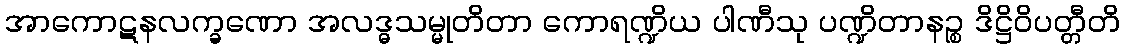
အာကောဋနလက္ခဏော အလဒ္ဓသမ္မုတိတာ ကောရဏ္ဍိယ ပါဏီသု ပဏ္ဍိတာနဉ္စ ဒိဋ္ဌိဝိပတ္တီတိ